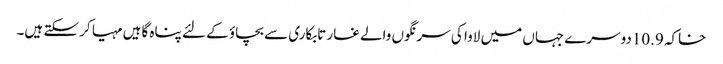
خاکہ 10.9دوسرے جہاں میں لاوا کی سرنگوں والے غار تابکاری سے بچاؤ کے لئے پناہ گاہیں مہیا کر سکتے ہیں۔